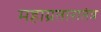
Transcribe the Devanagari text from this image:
महाग्रतारातंत्र